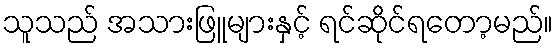
သူသည် အသားဖြူများနှင့် ရင်ဆိုင်ရတော့မည်။